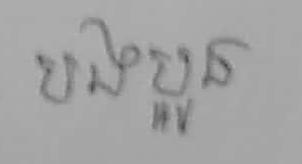
បងប្អូន